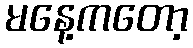
မနေ့ကတော့